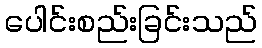
ပေါင်းစည်းခြင်းသည်